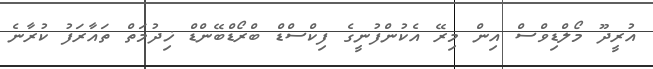
އުރީދޫ މޯލްޑިވްސް އިން މިރޭ އެކުންފުނީގެ ފިކްސްޑް ބްރޯޑްބޭންޑް ޚިދުމަތް ތައާރަފު ކުރާނެ